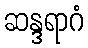
ဆန္ဒရာဂံ